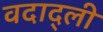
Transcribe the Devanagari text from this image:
वदाद्ली